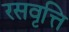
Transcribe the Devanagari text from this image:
रसवृत्ति